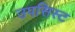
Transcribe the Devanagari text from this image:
उपसिस्ट